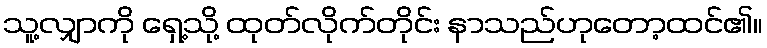
သူ့လျှာကို ရှေ့သို့ ထုတ်လိုက်တိုင်း နာသည်ဟုတော့ထင်၏။